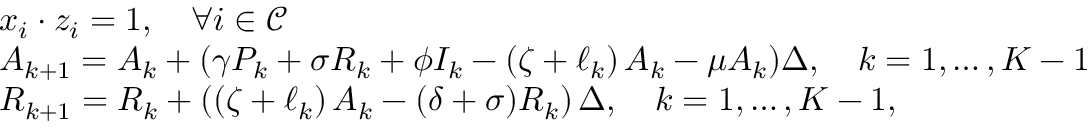
\begin{array} { r l } & { x _ { i } \cdot z _ { i } = 1 , \quad \forall i \in \mathcal { C } } \\ & { A _ { k + 1 } = A _ { k } + ( \gamma P _ { k } + \sigma R _ { k } + \phi I _ { k } - \left( \zeta + \ell _ { k } \right) A _ { k } - \mu A _ { k } ) \Delta , \quad k = 1 , \dots , K - 1 } \\ & { R _ { k + 1 } = R _ { k } + \left( \left( \zeta + \ell _ { k } \right) A _ { k } - ( \delta + \sigma ) R _ { k } \right) \Delta , \quad k = 1 , \dots , K - 1 , } \end{array}